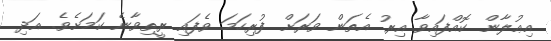
އިޢުލާން ކޮއްފައިވާ އިރު އެތަން ވަރަށް ފުރިހަމަ ވެފައި ރީތިވާނެ ކަމަށެވެ. އަދި